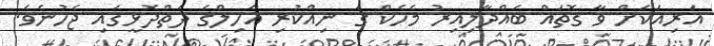
އަރިއަކަށް ވާ ގޮތައް ބައްދާލިއިރު މެހެކް ގެ ނިއްކުރި އާހިލްގެ ދަތްދޮޅީގައި ޖެހުނެވެ.